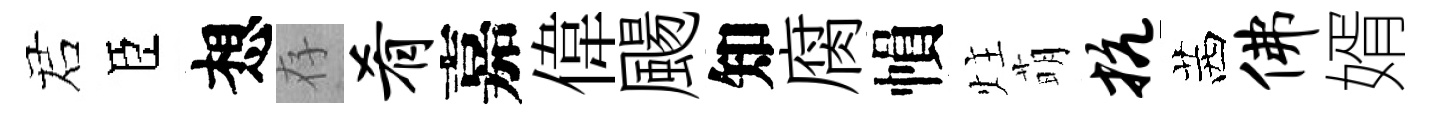
诺臣想存肴嘉偉颺知腐𢄙炷萌抗茜佛婿